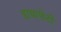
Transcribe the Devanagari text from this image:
डायाफैंटी